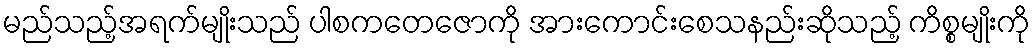
မည်သည့်အရက်မျိုးသည် ပါစကတေဇောကို အားကောင်းစေသနည်းဆိုသည့် ကိစ္စမျိုးကို